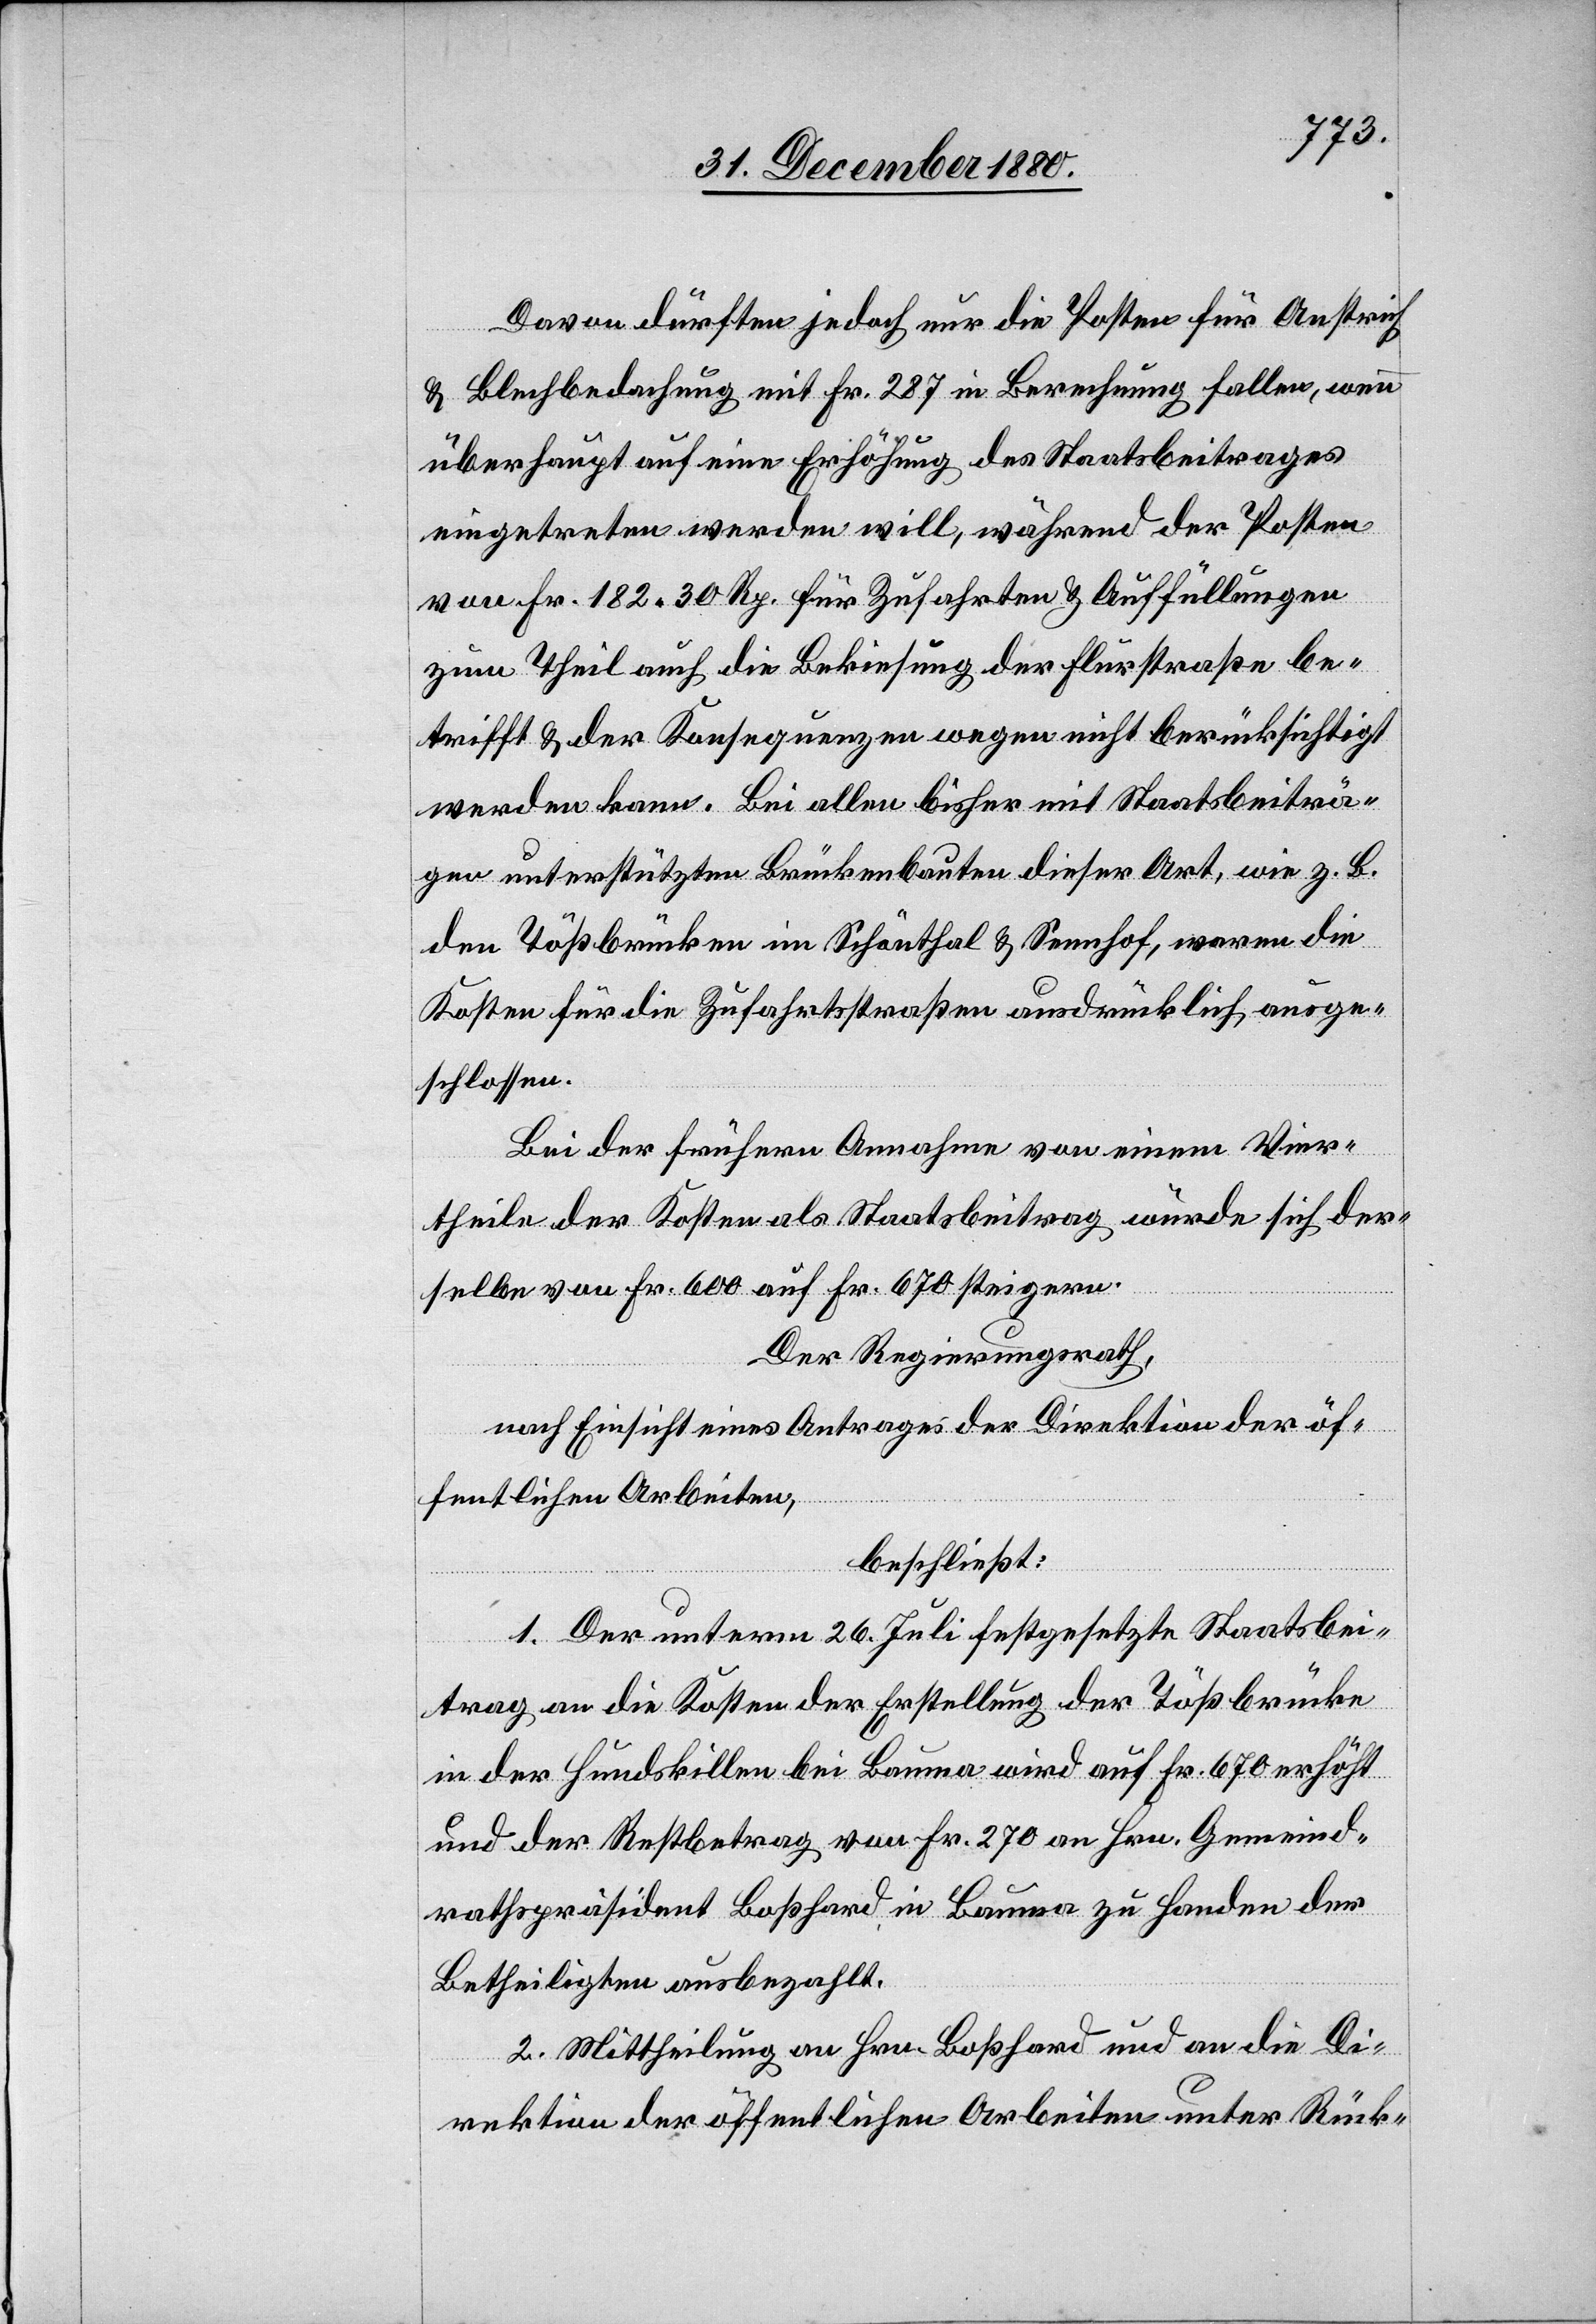
Davon dürften jedoch nur die Posten für Anstrich
& Blechbedachung mit Fr. 287 in Berechnung fallen, wenn
überhaupt auf eine Erhöhung des Staatsbeitrages
eingetreten werden will, während der Posten
von Fr. 182 30 Rp. für Zufahrten & Auffüllungen
zum Theil auch die Bekiesung der Flurstraße be¬
trifft & der Konsequenzen wegen nicht berücksichtigt
werden kann. Bei allen bisher mit Staatsbeiträ¬
gen unterstützten Brückenbauten dieser Art, wie z. B.
den Tößbrücken im Schönthal & Sennhof, waren die
Kosten für die Zufahrtsstraßen ausdrücklich ausge¬
schlossen.
Bei der frühern Annahme von einem Vier¬
theile der Kosten als Staatsbeitrag würde sich der¬
selbe von Fr. 600 auf Fr. 640 steigern.
Der Regierungsrath,
nach Einsicht eines Antrages der Direktion der öf¬
fentlichen Arbeiten,
beschließt:
1. Der unterm 26. Juli festgesetzte Staatsbei¬
trag an die Kosten der Erstellung der Tößbrücke
in der Hundskillen bei Bauma wird auf Fr. 670 erhöht
und der Restbetrag von Fr. 270 an Hrn. Gemeind¬
rathspräsident Boßhard in Bauma zu Handen der
Betheiligten ausbezahlt.
2. Mittheilung an Hrn. Boßhard und an die Di¬
rektion der öffentlichen Arbeiten unter Rück-